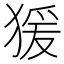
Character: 猨